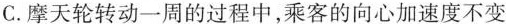
C.摩天轮转动一周的过程中，乘客的向心加速度不变